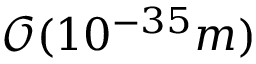
{ \mathcal O } ( 1 0 ^ { - 3 5 } m )